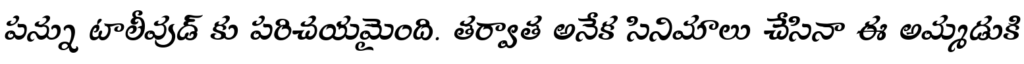
పన్ను టాలీవుడ్ కు పరిచయమైంది. తర్వాత అనేక సినిమాలు చేసినా ఈ అమ్మడుకి